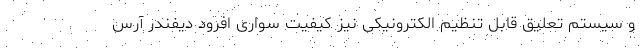
و سیستم تعلیق قابل تنظیم الکترونیکی نیز کیفیت سواری افرود دیفندر آرس